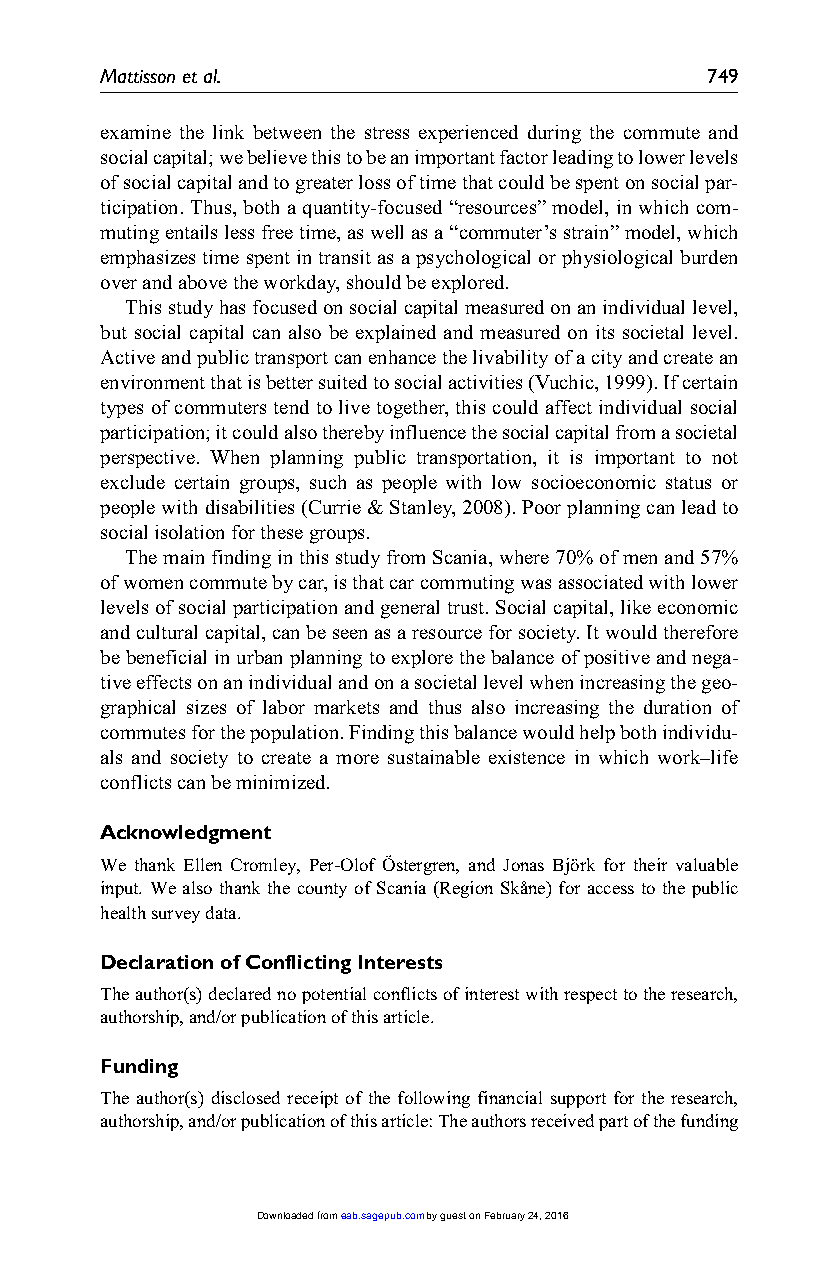
Mattisson et al.                        749
 examine the link between the stress experienced during the commute and
 social capital; we believe this to be an important factor leading to lower levels
 of social capital and to greater loss of time that could be spent on social par-
 ticipation. Thus, both a quantity-focused “resources” model, in which com-
 muting entails less free time, as well as a “commuter’s strain” model, which
 emphasizes time spent in transit as a psychological or physiological burden
 over and above the workday, should be explored.
 This study has focused on social capital measured on an individual level,
 but social capital can also be explained and measured on its societal level.
 Active and public transport can enhance the livability of a city and create an
 environment that is better suited to social activities (Vuchic, 1999). If certain
 types of commuters tend to live together, this could affect individual social
 participation; it could also thereby influence the social capital from a societal
 perspective. When planning public transportation, it is important to not
 exclude certain groups, such as people with low socioeconomic status or
 people with disabilities (Currie & Stanley, 2008). Poor planning can lead to
 social isolation for these groups.
 The main finding in this study from Scania, where 70% of men and 57%
 of women commute by car, is that car commuting was associated with lower
 levels of social participation and general trust. Social capital, like economic
 and cultural capital, can be seen as a resource for society. It would therefore
 be beneficial in urban planning to explore the balance of positive and nega-
 tive effects on an individual and on a societal level when increasing the geo-
 graphical sizes of labor markets and thus also increasing the duration of
 commutes for the population. Finding this balance would help both individu-
 als and society to create a more sustainable existence in which work–life
 conflicts can be minimized.
 Acknowledgment
 We thank Ellen Cromley, Per-Olof Östergren, and Jonas Björk for their valuable
 input. We also thank the county of Scania (Region Skåne) for access to the public
 health survey data.
 Declaration of Conflicting Interests
 The author(s) declared no potential conflicts of interest with respect to the research,
 authorship, and/or publication of this article.
 Funding
 The author(s) disclosed receipt of the following financial support for the research,
 authorship, and/or publication of this article: The authors received part of the funding
 Downloaded from eab.sagepub.com by guest on February 24, 2016